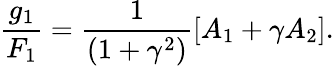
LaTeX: \frac{g_{1}}{F_{1}}=\frac{1}{(1+\gamma^{2})}\left[A_{1}+\gamma A_{2}\right].